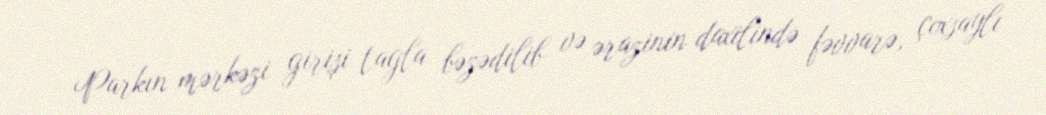
Parkın mərkəzi girişi tağla bəzədilib və ərazinin daxilində fəvvarə, çoxsaylı